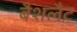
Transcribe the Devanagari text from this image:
बैशलैट